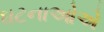
ઘટનાઓએ